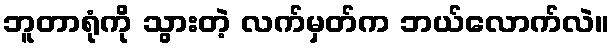
ဘူတာရုံကို သွားတဲ့ လက်မှတ်က ဘယ်လောက်လဲ။